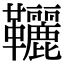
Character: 𩎉